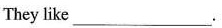
They like ___.